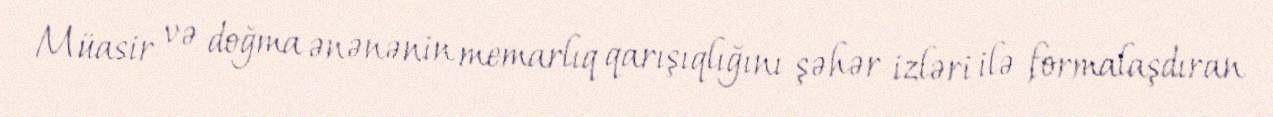
Müasir və doğma ənənənin memarlıq qarışıqlığını şəhər izləri ilə formalaşdıran